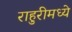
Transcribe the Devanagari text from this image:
राहुरीमध्ये